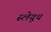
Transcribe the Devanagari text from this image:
स्लेयूथ